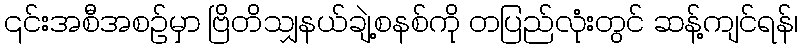
၎င်းအစီအစဉ်မှာ ဗြိတိသျှနယ်ချဲ့စနစ်ကို တပြည်လုံးတွင် ဆန့်ကျင်ရန်၊